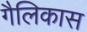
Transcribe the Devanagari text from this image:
गैलिकास